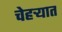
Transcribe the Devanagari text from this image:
चेहर्‍यात